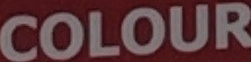
COLOUR